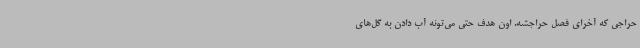
حراجی که آخرای فصل حراجشه. اون هدف حتی می‌تونه آب دادن به گل‌های